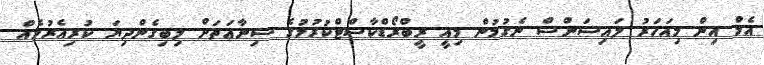
އެމް އިން މިއަހަރު ލައިސަންސް ނެގުމުން މިއީ ރީބްރޯޑްކާސްޓްކުރުމުގެ ސިނާޢަތަށް ލިބިގެންދިޔަ ކުރިއެރުމެއް